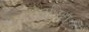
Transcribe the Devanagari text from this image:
दधिश